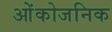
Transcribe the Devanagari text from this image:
ओंकोजनिक